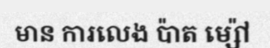
មាន ការលេង ប៉ាត ម្ស៉ៅ